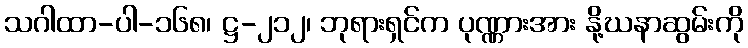
သဂါထာ-ပါ-၁၆၈၊ ဋ္ဌ-၂၁၂၊ ဘုရားရှင်က ပုဏ္ဏားအား နို့ဃနာဆွမ်းကို